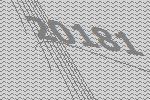
20181